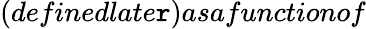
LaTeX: (definedlate\mathtt{r})asafunctionof